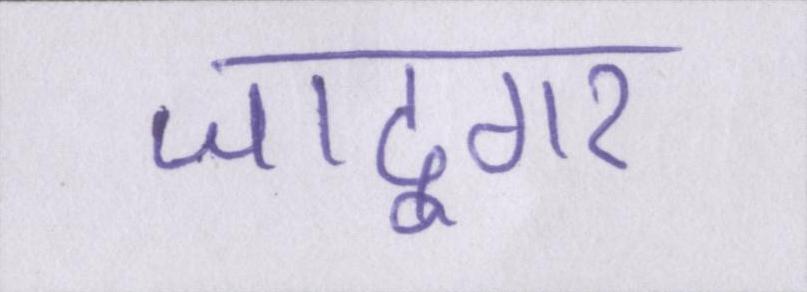
जादूगर